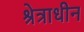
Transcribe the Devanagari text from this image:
श्रेत्राधीन